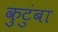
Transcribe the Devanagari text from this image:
कुटुंबा